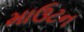
માઉટન